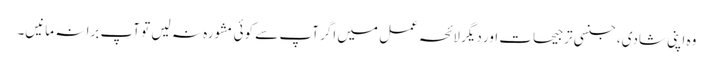
وہ اپنی شادی، جنسی ترجیحات اور دیگر لائحہ عمل میں اگر آپ سے کوئی مشورہ نہ لیں تو آپ برا نہ مانیں۔